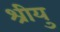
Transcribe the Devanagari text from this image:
श्रीयु